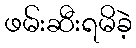
ဖမ်းဆီးရမိခဲ့